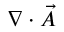
\nabla \cdot { \vec { A } }